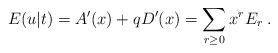
LaTeX: \begin{align*}E(u|t)=A^{\prime }(x)+qD^{\prime }(x)=\sum_{r\geq 0}x^{r}E_{r}\;. \end{align*}